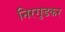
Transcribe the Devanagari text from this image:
निरगुडकर